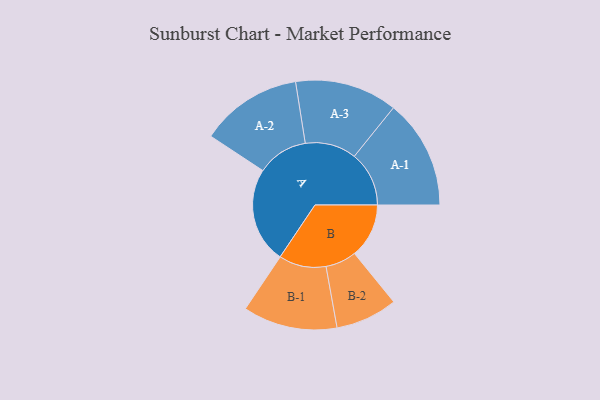
{"axis": {"x": "Segment", "y": "Value"}, "legend": ["", "A", "B"], "data": [{"x": "A", "y": 331, "type": ""}, {"x": "B", "y": 188, "type": ""}, {"x": "A-1", "y": 189, "type": "A"}, {"x": "A-2", "y": 176, "type": "A"}, {"x": "A-3", "y": 177, "type": "A"}, {"x": "B-1", "y": 163, "type": "B"}, {"x": "B-2", "y": 107, "type": "B"}]}